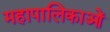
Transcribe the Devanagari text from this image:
महापालिकाओं